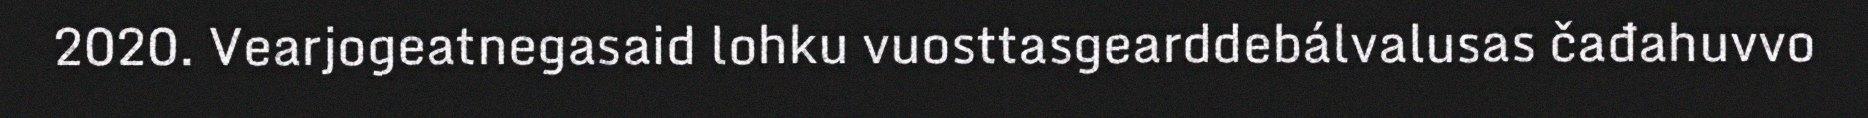
2020. Vearjogeatnegasaid lohku vuosttasgearddebálvalusas čađahuvvo